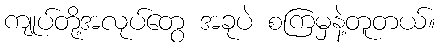
ကျုပ်တို့အလုပ်တွေ အခုပဲ စကြမှနဲ့တူတယ်။